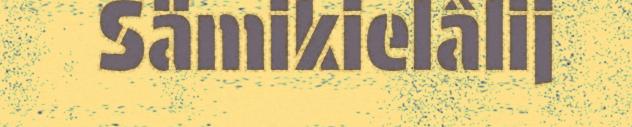
Sämikielâlij